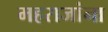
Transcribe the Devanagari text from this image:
महराजांना